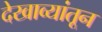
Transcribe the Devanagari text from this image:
देखाव्यांतून